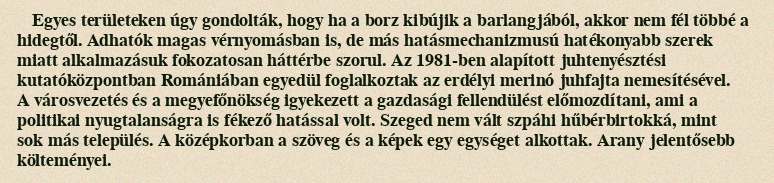
Egyes területeken úgy gondolták, hogy ha a borz kibújik a barlangjából, akkor nem fél többé a hidegtől. Adhatók magas vérnyomásban is, de más hatásmechanizmusú hatékonyabb szerek miatt alkalmazásuk fokozatosan háttérbe szorul. Az 1981-ben alapított juhtenyésztési kutatóközpontban Romániában egyedül foglalkoztak az erdélyi merinó juhfajta nemesítésével. A városvezetés és a megyefőnökség igyekezett a gazdasági fellendülést előmozdítani, ami a politikai nyugtalanságra is fékező hatással volt. Szeged nem vált szpáhi hűbérbirtokká, mint sok más település. A középkorban a szöveg és a képek egy egységet alkottak. Arany jelentősebb költeményei.